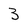
Character: 3